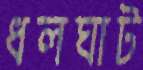
ধলঘাট